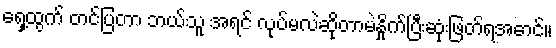
ရှေ့ထွက် တင်ပြတာ ဘယ်သူ အရင် လုပ်မလဲဆိုတာမဲနှိုက်ပြီးဆုံးဖြတ်ရအောင်။